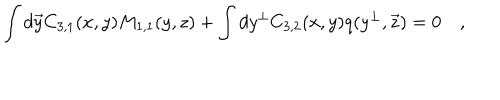
\int d \vec { y } C _ { 3 , 1 } ( x , y ) M _ { 1 , 1 } ( y , z ) + \int d y ^ { \bot } C _ { 3 , 2 } ( x , y ) q ( y ^ { \bot } , \vec { z } ) = 0 \quad ,